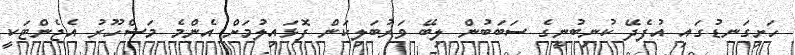
ހަށިގަނޑުގައި އުފެދޭ ކުނިބުނީގެ ސަބަބުން ލިބޭ ވަރުބަލިކަން ފޮޅައިލުމަށް އެންމެ މަޝްހޫރު އެޖެންޓަކީ